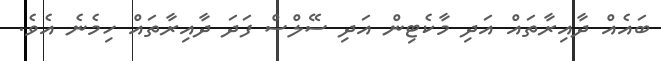
ބައެއް ދާއިރާތައް އަދި މާކެޓިން އަދި ސޭލްސް ފަދަ ދާއިރާތައް ހިމެނެ އެވެ.